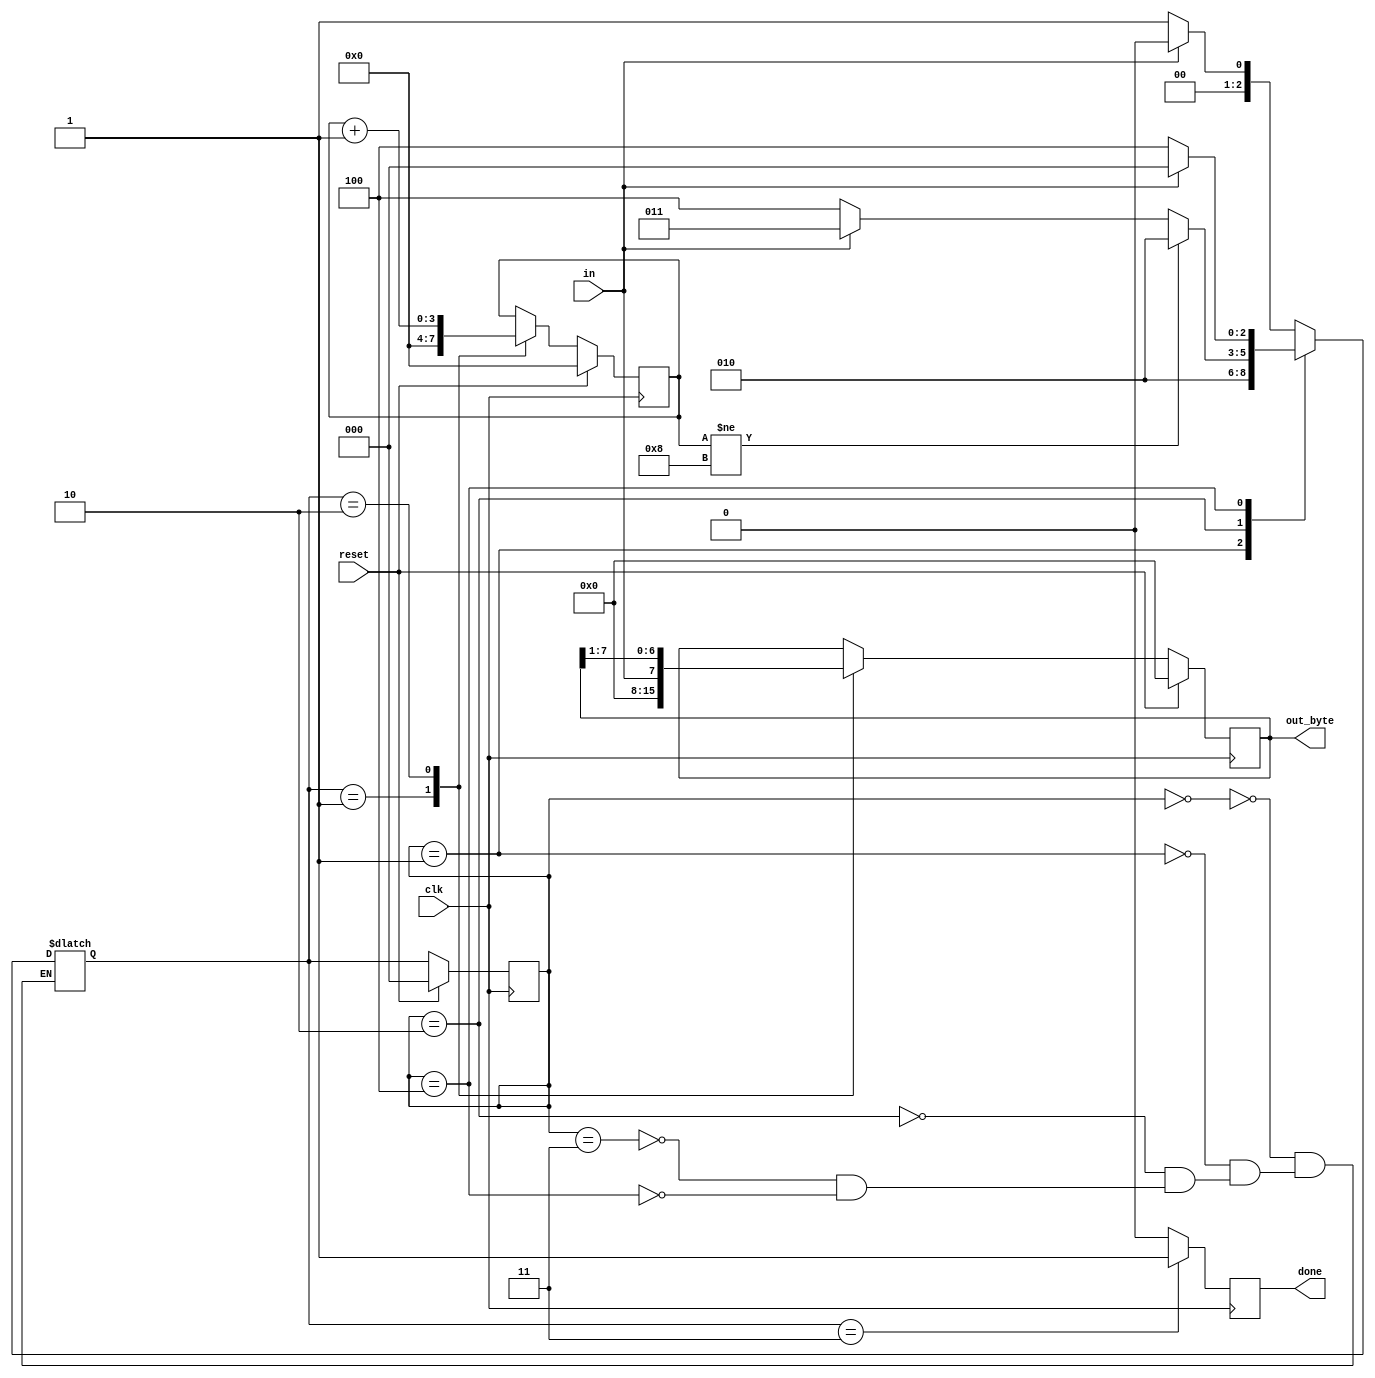
module top_module(
    input clk,
    input in,
    input reset,    // Synchronous reset
    output [7:0] out_byte,
    output done
);

    localparam idle = 0;
    localparam start = 1;
    localparam data = 2;
    localparam stop =3;
    localparam error = 4;
    
    reg[2:0] state, next_state;
    reg[3:0] cnt;
       
    always@(posedge clk)begin
        if(reset)
            state <= idle;
        else
            state <= next_state;
    end
    
    always@(posedge clk)begin
        if(reset)
            cnt<=0;
        else
            case(next_state)
                start: cnt <= 0;
                data: cnt <= cnt+1;
                default:cnt<=cnt;
            endcase
    end
    
    always@(*)begin
        case(state)
            idle: 
                begin 
                	if (in) next_state <= idle;
                	else next_state <= start;
                end
            
            start: 
                next_state <= data;
            
            data:
                begin 
                    if (cnt != 8) next_state <= data;
                    else if (in) next_state <= stop;
                    else next_state <= error;
                end
            
            stop:
                begin 
                	if (in) next_state <= idle;
                	else next_state <= start;
                end
            
            error:
                begin 
                	if (in) next_state <= idle;
                	else next_state <= error;
                end
        endcase
    end

    always@(posedge clk)
        case(next_state)
            stop: done <= 1;
            default:done <= 0;
        endcase   
    
    //out,the serial protocol sends the least significant bit first
    always@(posedge clk)begin
        if(reset)
            out_byte <= 0;
        else
            case(next_state)
                start: out_byte <= 0;
                data: out_byte <= {in,out_byte[7:1]};
            endcase
    end
    
endmodule